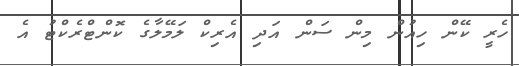
ހެރީ ކޭން ހިއުން މިން ސަން އަދި އެރިކް ލަމޭލާގެ ކޮންޓްރެކްޓު އެ